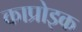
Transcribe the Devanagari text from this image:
काप्रोइक